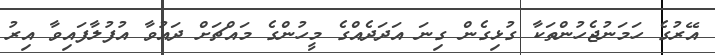
އޭރުގެ ހަމަނުޖެހުންތަކާ ގުޅިގެން ގިނަ އަދަދެއްގެ މީހުންގެ މައްޗަށް ދައުވާ އުފުލާފައިވާ އިރު